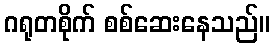
ဂရုတစိုက် စစ်ဆေးနေသည်။